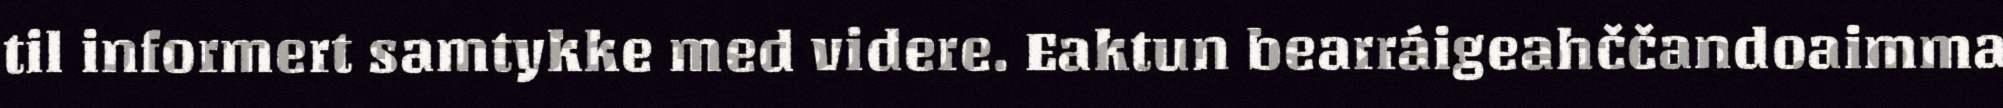
til informert samtykke med videre. Eaktun bearráigeahččandoaimma